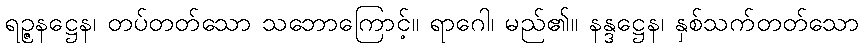
ရဉ္ဇနဋ္ဌေန၊ တပ်တတ်သော သဘောကြောင့်။ ရာဂေါ၊ မည်၏။ နန္ဒဋ္ဌေန၊ နှစ်သက်တတ်သော